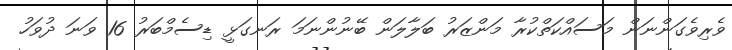
ވެރިވެގަންނަން މަސައްކަތްކުރާ މަންޒަރު ބަލާލަން ބޭނުންނަމަ ރަނގަޅީ ޑިސެމްބަރު 16 ވަނަ ދުވަހު